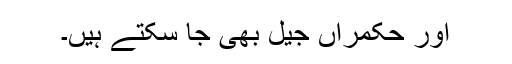
اور حکمراں جیل بھی جا سکتے ہیں۔